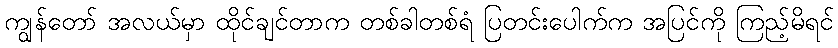
ကျွန်တော် အလယ်မှာ ထိုင်ချင်တာက တစ်ခါတစ်ရံ ပြတင်းပေါက်က အပြင်ကို ကြည့်မိရင်